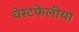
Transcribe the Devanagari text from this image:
वेस्टफेलीया